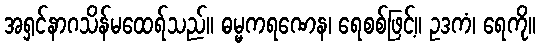
အရှင်နာဂသိန်မထေရ်သည်။ ဓမ္မကရဏေန၊ ရေစစ်ဖြင့်။ ဥဒကံ၊ ရေကို။